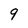
Character: 9